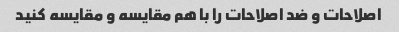
اصلاحات و ضد اصلاحات را با هم مقایسه و مقایسه کنید